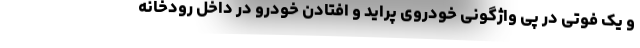
و یک فوتی در پی واژگونی خودروی پراید و افتادن خودرو در داخل رودخانه